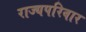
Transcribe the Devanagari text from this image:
राज्यपरिवार